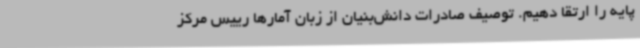
پایه را ارتقا دهیم. توصیف صادرات دانش‌بنیان از زبان آمارها رییس مرکز